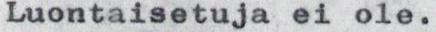
Luontaisetuja ei ole.